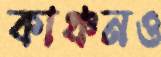
কাঞ্চনও